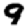
Digit: 9